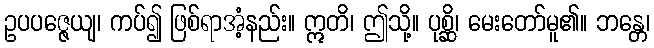
ဥပပဇ္ဇေယျ၊ ကပ်၍ ဖြစ်ရာအံ့နည်း။ ဣတိ၊ ဤသို့။ ပုစ္ဆိ၊ မေးတော်မူ၏။ ဘန္တေ၊